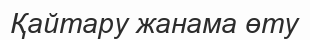
Қайтару жанама өту